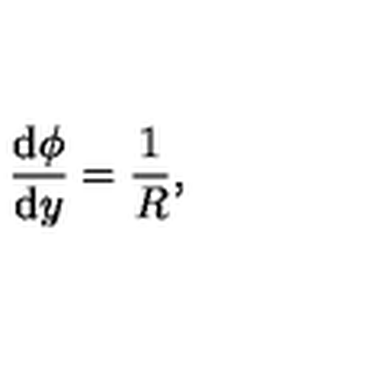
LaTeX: \frac { \mathrm { d } \phi } { \mathrm { d } y } = { \frac { 1 } { R } } ,